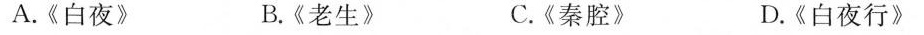
A.《白夜》 B.《老生》 C.《秦腔》 D.《白夜行》